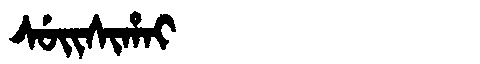
Manchu: ᠰᡠᡳᠰᡳᡥᠠᡳ
Romanization: SUISIHAI